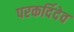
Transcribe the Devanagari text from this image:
परकर्दिदेव